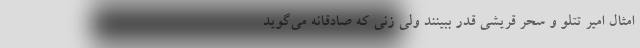
امثال امیر تتلو و سحر قریشی قدر ببینند ولی زنی که صادقانه می‌گوید